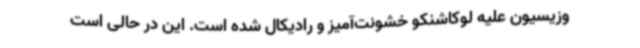
وزیسیون علیه لوکاشنکو خشونت‌آمیز و رادیکال شده است. این در حالی است